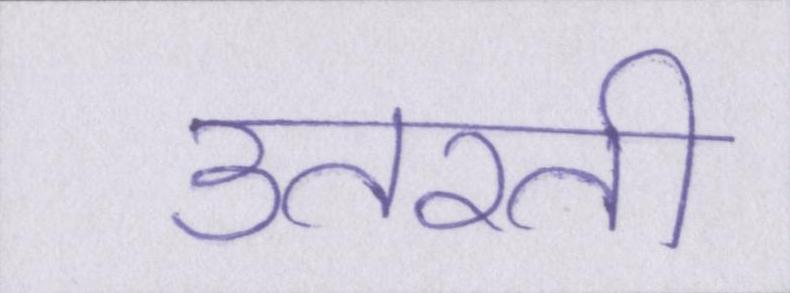
उतरती